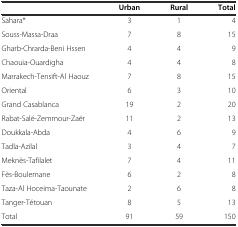
|  | Urban | Rural | Total |
 | --- | --- | --- | --- |
 | Sahara* | 3 | 1 | 4 |
 | Souss-Massa-Draa | 7 | 8 | 15 |
 | Gharb-Chrarda-Beni Hssen | 4 | 4 | 9 |
 | Chaouia-Ouardigha | 4 | 4 | 8 |
 | Marrakech-Tensift-Al Haouz | 7 | 8 | 15 |
 | Oriental | 6 | 3 | 10 |
 | Grand Casablanca | 19 | 2 | 20 |
 | Rabat-Salé-Zemmour-Zaër | 11 | 2 | 13 |
 | Doukkala-Abda | 4 | 6 | 9 |
 | Tadla-Azilal | 3 | 4 | 7 |
 | Meknès-Tafilalet | 7 | 4 | 11 |
 | Fès-Boulemane | 6 | 2 | 8 |
 | Taza-Al Hoceima-Taounate | 2 | 6 | 8 |
 | Tanger-Tétouan | 8 | 5 | 13 |
 | Total | 91 | 59 | 150 |